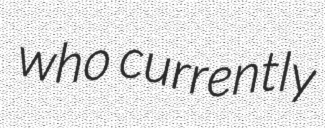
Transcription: who currently